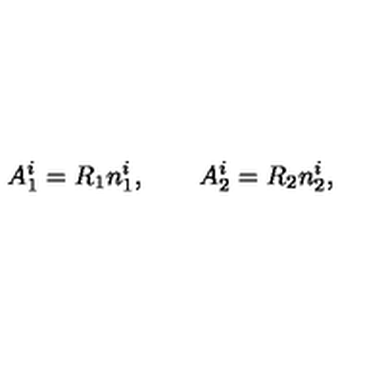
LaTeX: A _ { 1 } ^ { i } = R _ { 1 } n _ { 1 } ^ { i } , \qquad A _ { 2 } ^ { i } = R _ { 2 } n _ { 2 } ^ { i } ,